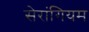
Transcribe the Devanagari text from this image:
सेरांगियम